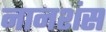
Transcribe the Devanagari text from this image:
नानशंस